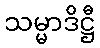
သမ္မာဒိဋ္ဌီ